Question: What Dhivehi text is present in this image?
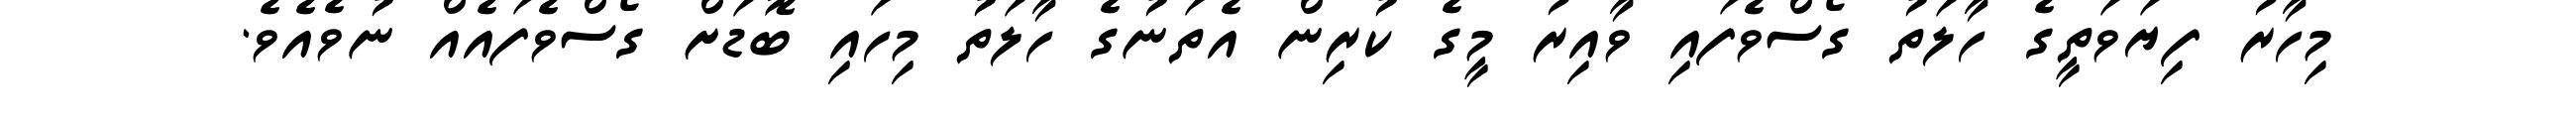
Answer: މިހާރު ފިޔަވަތީގެ ހާލަތު ގޯސްވެފައި ވާއިރު މީގެ ކުރިން އެތަނުގެ ހާލަތު މިހައި ބޮޑަށް ގޯސްވެފައެއް ނުވެއެވެ.